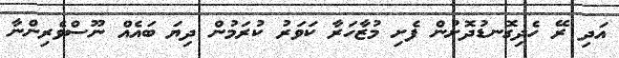
އަދި ރޭ ހެދިގޮނޑުދޮށުން ފެށި މުޒާހަރާ ކަވަރު ކުރަމުން ދިޔަ ބައެއް ނޫސްވެރިންނާ